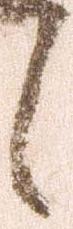
候